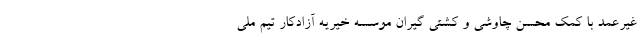
غیرعمد با کمک محسن چاوشی و کشتی گیران موسسه خیریه آزادکار تیم ملی